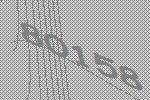
80158